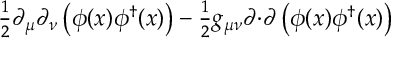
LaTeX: { \textstyle { \frac { 1 } { 2 } } } \partial _ { \mu } \partial _ { \nu } \left( \phi ( x ) \phi ^ { \dagger } ( x ) \right) - { \textstyle { \frac { 1 } { 2 } } } g _ { \mu \nu } \partial { \cdot } \partial \left( \phi ( x ) \phi ^ { \dagger } ( x ) \right)